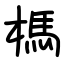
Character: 榪